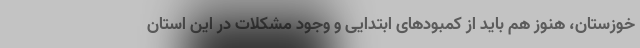
خوزستان، هنوز هم باید از کمبودهای ابتدایی و وجود مشکلات در این استان